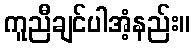
ကူညီချင်ပါအံ့နည်း။